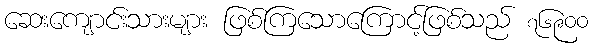
ဆေးကျောင်းသားများ ဖြစ်ကြသောကြောင့်ဖြစ်သည် ၇၆၉၀၀